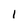
Character: 1